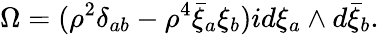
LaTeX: \Omega=({\rho}^{2}\delta_{ab}-{\rho}^{4}\bar{\xi}_{a}\xi_{b})id\xi_{a}\wedge d\bar{\xi}_{b}.